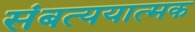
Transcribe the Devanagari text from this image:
संबत्ययात्मक